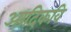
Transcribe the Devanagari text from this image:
अादिकवि